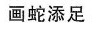
画蛇添足